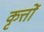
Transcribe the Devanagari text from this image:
कृत्तों